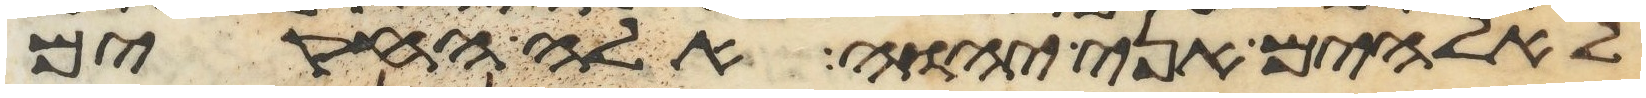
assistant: לאלהים אני יהוה אלה החקים